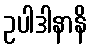
ဥပါဒါနာနိ